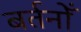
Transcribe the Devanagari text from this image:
बर्तनोँ